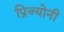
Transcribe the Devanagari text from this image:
प्रिज्योनी